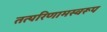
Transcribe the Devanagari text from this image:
तत्परिणामस्वरूप